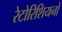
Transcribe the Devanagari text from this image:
रेटोरिशियनों